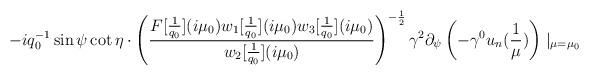
LaTeX: \begin{align*}-iq_{0}^{-1}\sin\psi\cot\eta\cdot\left(\frac{F[\frac{1}{q_{0}}](i\mu_{0})w_{1}[\frac{1}{q_{0}}](i\mu_{0})w_{3}[\frac{1}{q_{0}}](i\mu_{0})}{w_{2}[\frac{1}{q_{0}}](i\mu_{0})}\right)^{-\frac{1}{2}}\gamma^{2}\partial_{\psi}\left(-\gamma^{0}u_{n}(\frac{1}{\mu})\right)\mid_{\mu=\mu_{0}}\end{align*}